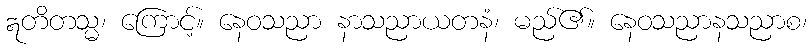
ဣတိတသ္မ၊ ကြောင့်။ နေဝသညာ နာသညာယတနံ၊ မည်၏။ နေဝသညာနသညာစ၊